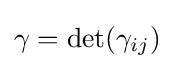
\gamma =\det(\gamma _{ij})